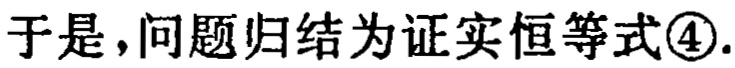
于是，问题归结为证实恒等式\textcircled{4}.